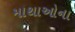
માથાઓના